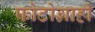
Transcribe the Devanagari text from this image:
फोटोग्राही